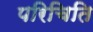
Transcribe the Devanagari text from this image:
परिचिति